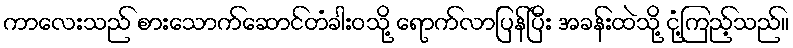
ကာလေးသည် စားသောက်ဆောင်တံခါးဝသို့ ရောက်လာပြန်ပြီး အခန်းထဲသို့ ငုံ့ကြည့်သည်။